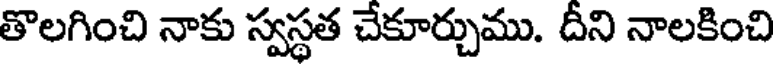
తొలగించి నాకు స్వస్థత చేకూర్చుము. దీని నాలకించి